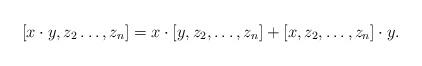
LaTeX: \begin{align*} [x \cdot y , z_2\ldots, z_n]= x \cdot [y, z_2, \ldots, z_n]+[x, z_2, \ldots, z_n] \cdot y. \end{align*}